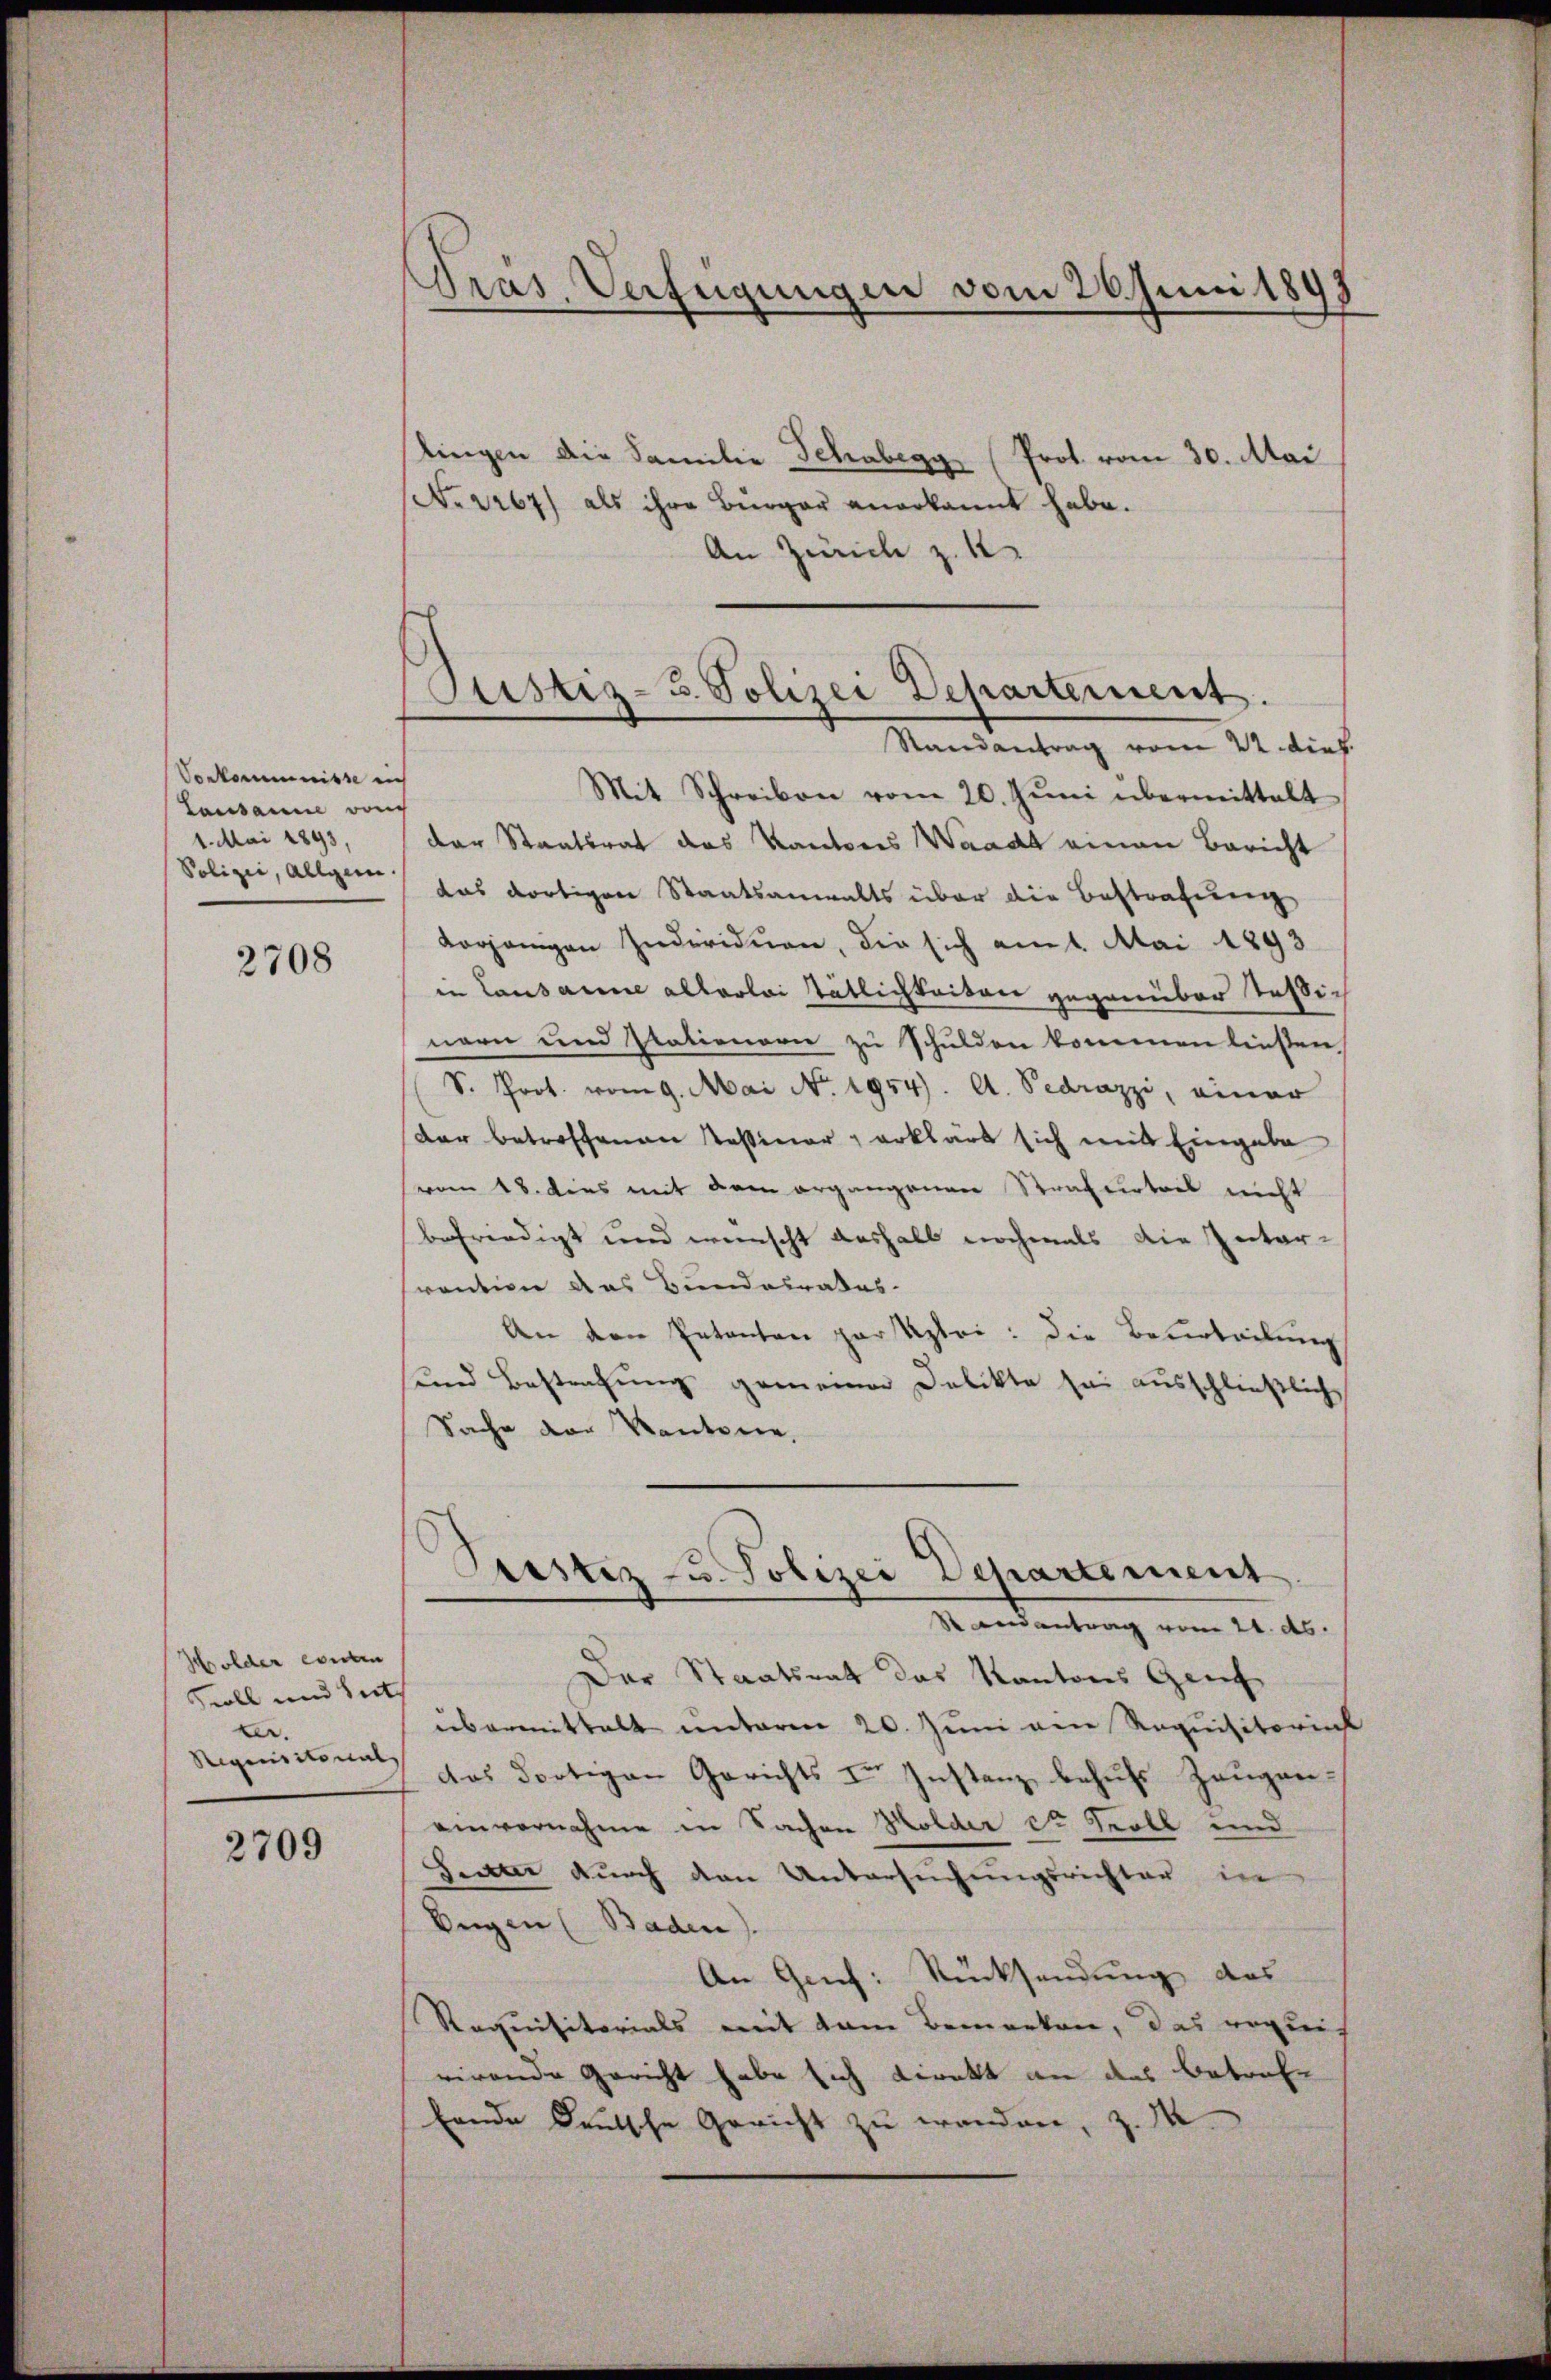
So kommnisse nich
Lausanne von
1. Mai 1893.
Polizei, allgem.

2708

Wolder enten
Scoll und Seith
ker.
Rigiustonal,

2709

Präs. Verfügungen vom 20. Juni 1898

stingen die Familie Schabegg (Prot. vom 30. Mai
No. 2267) als ihre Bürger anerkannt habe.
An Zürich z. B.

Justiz-3 Polizei Departement.
Randantrag vom 22. dies
Mit Schreiben vom 20. Juni übermittalt

der Staatsrat das Kantons Waadt einen Bericht
das dortigen Staatsanwalts über die Bestrafung
Korgangen Individuen, die sich am 1. Mai 1893
in Lausanne allerlei tätlichkeiten gegenüber Tessi-
nern und Stationern zu schulden kommen ließen
S. Prot. vom 9. Mai No. 1954. A. Pedrazzi, einer
dar betroffenen Tessiner, erklärt sich mit Eingabe
vom 18. dies mit dem ergangenen Strafurteil nicht
befriedigt und wünscht deshalb nochmals die Inter-
srention das Bundeuratus-
An den Petenten par Klei: Die Beurteilung
und Bestrafung gemeiner Delikte sei ausschließlich
Sache der Kantone,
Pustiz- u. Polizei Departement
Randantrag vom 21. ds.
Der Staatsrath das Kantons Genf
übermittelt unterm 20. Juni am Requisitorinst
das dortigen Gerichts in Instanz behufs Zeugen.
einvernahme in Sachen Holder St. Soll und
Feuer durch den Untersuchungsrichter in
Eugen (Baden)
An Genf: Rücksendung des
Requisitorials mit dem Bemerken, das vegeis
rirende Gericht habe sich direkt an des Betrefe
bende Deutsche Gericht zu werden, z. M